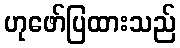
ဟုဖော်ပြထားသည်